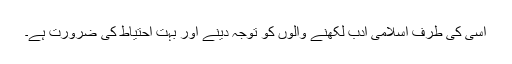
اسی کی طرف اسلامی ادب لکھنے والوں کو توجہ دینے اور بہت احتیاط کی ضرورت ہے۔